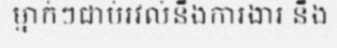
ម្នាក់ៗជាប់រវល់នឹងការងារ នឹង